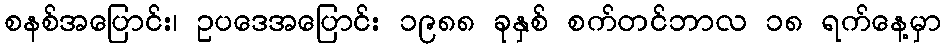
စနစ်အပြောင်း၊ ဥပဒေအပြောင်း ၁၉၈၈ ခုနှစ် စက်တင်ဘာလ ၁၈ ရက်နေ့မှာ